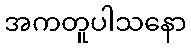
အကတူပါသနော